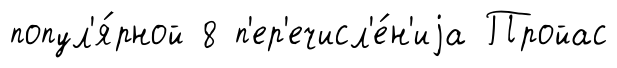
попул'я́рной 8 п'ер'ечисл'е́н'иjа Пройас